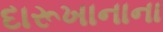
દારૂખાનાના